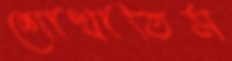
শোখাতিস